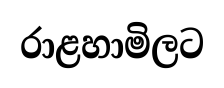
රාළහාමිලට